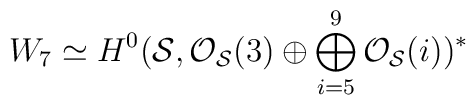
W_{7} \simeq H^{0}({\cal S}, {\cal O}_{\cal S}(3) \oplus\bigoplus_{i=5}^{9}{\cal O}_{\cal S}(i))^{*}